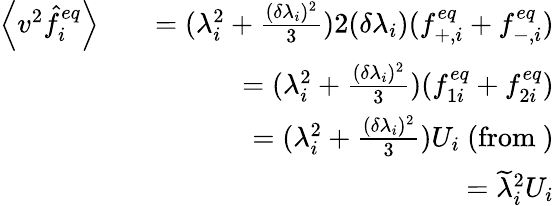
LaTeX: \begin{array}{rlr}{\left\langle v^{2}\hat{f}_{i}^{eq}\right\rangle}&{}&{=(\lambda_{i}^{2}+\frac{(\delta\lambda_{i})^{2}}{3})2(\delta\lambda_{i})(f_{+,i}^{eq}+f_{-,i}^{eq})}\\ &{}&{=(\lambda_{i}^{2}+\frac{(\delta\lambda_{i})^{2}}{3})(f_{1i}^{eq}+f_{2i}^{eq})}\\ &{}&{=(\lambda_{i}^{2}+\frac{(\delta\lambda_{i})^{2}}{3})U_{i}\mathrm{~(from~})}\\ &{}&{=\widetilde{\lambda}_{i}^{2}U_{i}}\end{array}